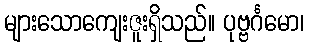
များသောကျေးဇူးရှိသည်။ ပုဗ္ဗင်္ဂမော၊